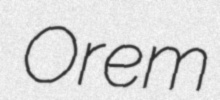
Orem